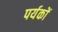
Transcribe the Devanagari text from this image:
पर्यकों